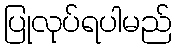
ပြုလုပ်ရပါမည်